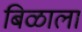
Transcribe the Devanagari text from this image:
बिळाला